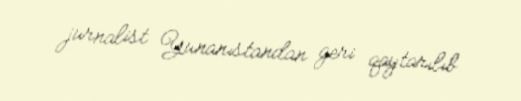
jurnalist Yunanıstandan geri qaytarılıb.